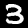
Digit: 3